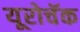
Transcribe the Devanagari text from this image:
यूरोचॅक